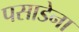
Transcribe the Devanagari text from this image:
पसाडेना